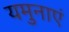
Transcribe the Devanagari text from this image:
यमुनाएं